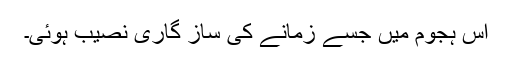
اس ہجوم میں جسے زمانے کی ساز گاری نصیب ہوئی۔